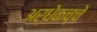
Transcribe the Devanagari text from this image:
अर्धेकच्चे